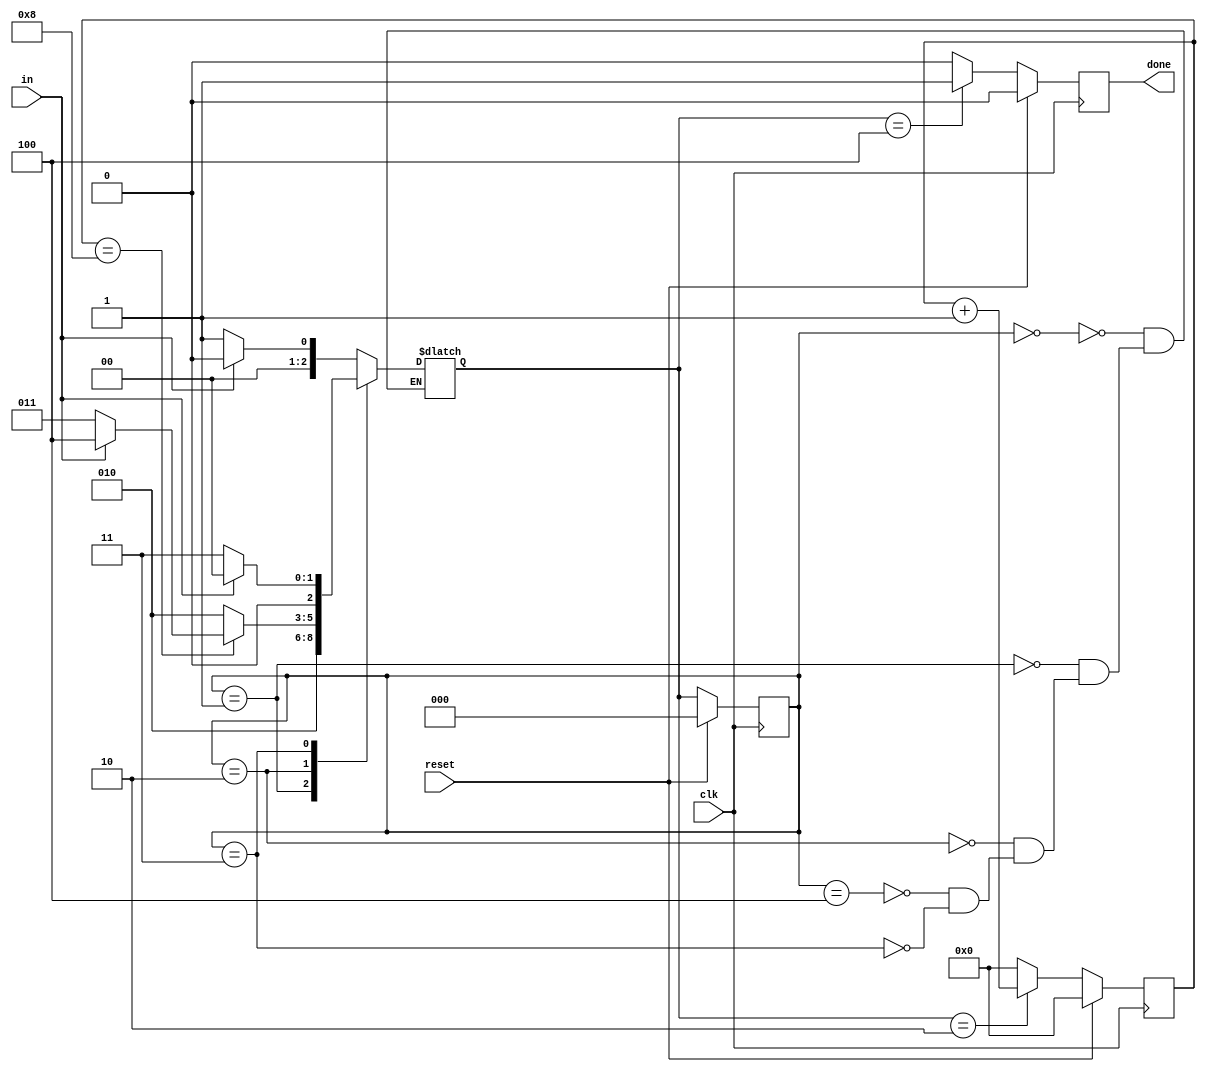
module top_module(
    input clk,
    input in,
    input reset,    // Synchronous reset
    output done
); 
    localparam [2:0] IDLE 	 = 3'b000,
					 START 	 = 3'b001,
					 RECEIVE = 3'b010,
					 WAIT	 = 3'b011,
					 STOP    = 3'b100;

	reg [2:0] state, next;
	reg [3:0] i;
    always @(*)begin
        case(state)
            IDLE : next = (in)? IDLE : START;
            START : next = RECEIVE;
            RECEIVE : next = (i==8)? ((in)? STOP:WAIT): RECEIVE;
            STOP : next = (in)? IDLE: START;
            WAIT : next = (in)? IDLE: WAIT;
        endcase
    end
    always @(posedge clk) begin
        if(reset) state <= IDLE;
        else state <= next;
	end
	always @(posedge clk) begin
		if (reset) begin
			done <= 0;
			i <= 0;
		end
		else begin
			case(next) 
				RECEIVE : begin
					done <= 0;
					i = i + 1;
				end
				STOP : begin
					done <= 1;
					i <= 0;
				end
				default : begin
					done <= 0;
					i <= 0;
				end
			endcase
		end
	end
endmodule